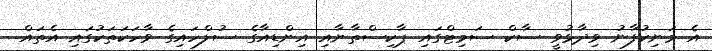
އެ މަނިކުފާނު ވިދާޅުވީ ސާކް ސަމިޓްގައި ޕާކިސްތާނާއި އިންޑިއާގެ ސުލްހައިގެ ވާހަކަތަކުގައި އެތައް